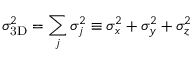
\sigma _ { \mathrm { 3 D } } ^ { 2 } = \sum _ { j } \sigma _ { j } ^ { 2 } \equiv \sigma _ { x } ^ { 2 } + \sigma _ { y } ^ { 2 } + \sigma _ { z } ^ { 2 }